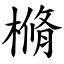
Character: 樇